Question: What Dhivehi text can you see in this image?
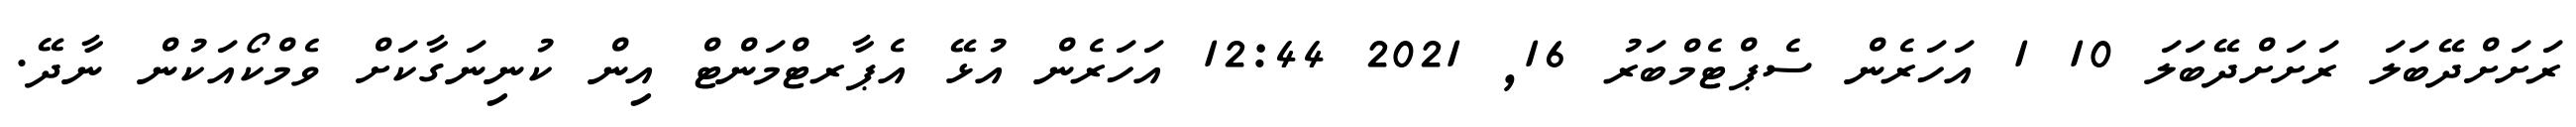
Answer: ރަށަށްދޭބަލަ ރަށަށްދޭބަލަ 10 1 އަހަރެން ސެޕްޓެމްބަރު 16, 2021 12:44 އަހަރެން އުޅޭ އެޕާރޓްމަންޓް އިން ކުނިނަގާކަށް ވެމްކޯއަކުން ނާދޭ.